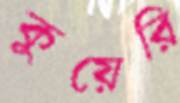
কুয়েরি